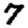
Digit: 7